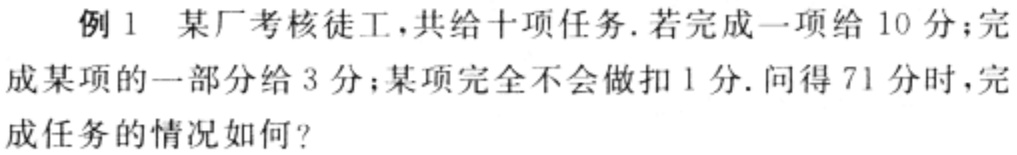
例 1 某厂考核徒工，共给十项任务. 若完成一项给 10 分；完成某项的一部分给 3 分；某项完全不会做扣 1 分. 问得 71 分时，完成任务的情况如何？